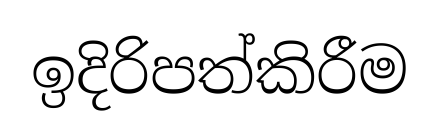
ඉදිරිපත්කිරීම